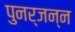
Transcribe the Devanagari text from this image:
पुनर्जन्न